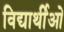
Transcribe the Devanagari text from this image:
विद्यार्थीओ